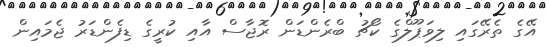
އޭގެ ތެރޭގައި ލިވަޕޫލްގެ ކޯޗު ބްރެންޑަން ރޮޖާސް އާއި ކުރީގެ ޑިފެންޑަރު ޖެމައިން